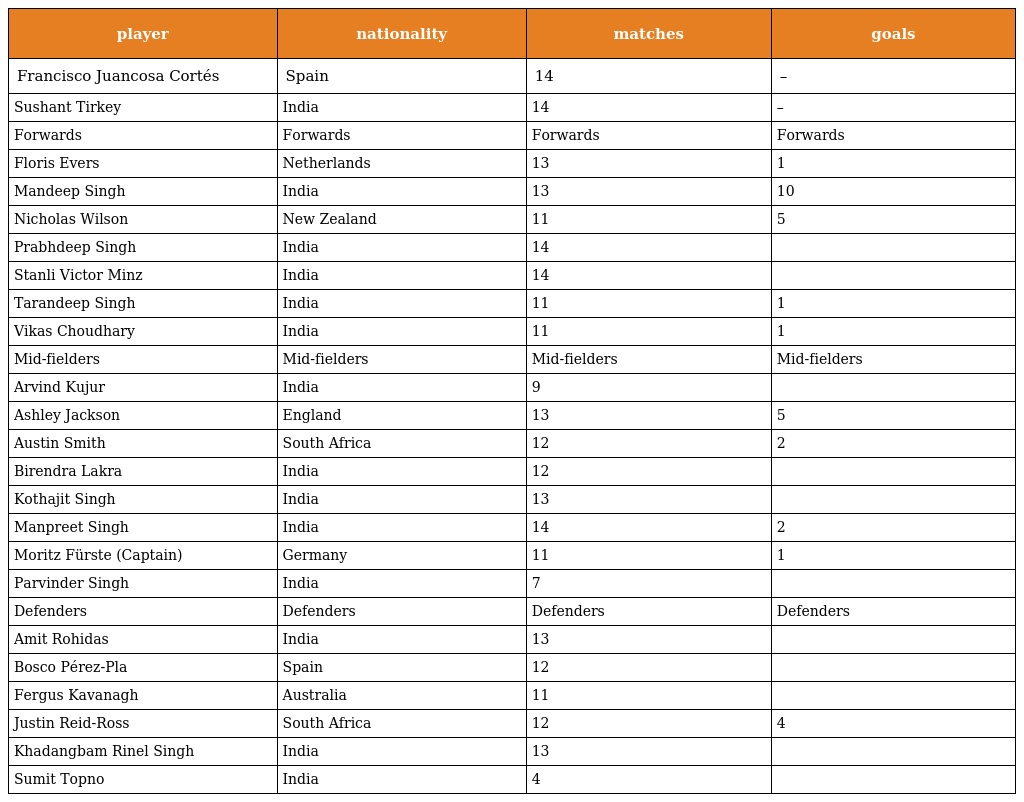
| player | nationality | matches | goals |
 | --- | --- | --- | --- |
 | Francisco Juancosa Cortés | Spain | 14 | – |
 | Sushant Tirkey | India | 14 | – |
 | Forwards | Forwards | Forwards | Forwards |
 | Floris Evers | Netherlands | 13 | 1 |
 | Mandeep Singh | India | 13 | 10 |
 | Nicholas Wilson | New Zealand | 11 | 5 |
 | Prabhdeep Singh | India | 14 |  |
 | Stanli Victor Minz | India | 14 |  |
 | Tarandeep Singh | India | 11 | 1 |
 | Vikas Choudhary | India | 11 | 1 |
 | Mid-fielders | Mid-fielders | Mid-fielders | Mid-fielders |
 | Arvind Kujur | India | 9 |  |
 | Ashley Jackson | England | 13 | 5 |
 | Austin Smith | South Africa | 12 | 2 |
 | Birendra Lakra | India | 12 |  |
 | Kothajit Singh | India | 13 |  |
 | Manpreet Singh | India | 14 | 2 |
 | Moritz Fürste (Captain) | Germany | 11 | 1 |
 | Parvinder Singh | India | 7 |  |
 | Defenders | Defenders | Defenders | Defenders |
 | Amit Rohidas | India | 13 |  |
 | Bosco Pérez-Pla | Spain | 12 |  |
 | Fergus Kavanagh | Australia | 11 |  |
 | Justin Reid-Ross | South Africa | 12 | 4 |
 | Khadangbam Rinel Singh | India | 13 |  |
 | Sumit Topno | India | 4 |  |